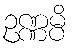
ဥဏ္ဏမ္ပိ